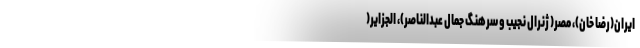
ایران(رضا خان)‌، مصر( ژنرال نجیب و سرهنگ جمال عبدالناصر)‌، الجزایر(